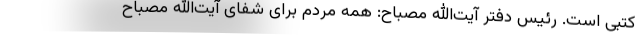
کتبی است. رئیس دفتر آیت‌الله مصباح: همه مردم برای شفای آیت‌الله مصباح